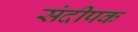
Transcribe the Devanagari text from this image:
संदीपक